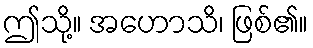
ဤသို့။ အဟောသိ၊ ဖြစ်၏။